Scottish Leaving Certificate Examination, 1959
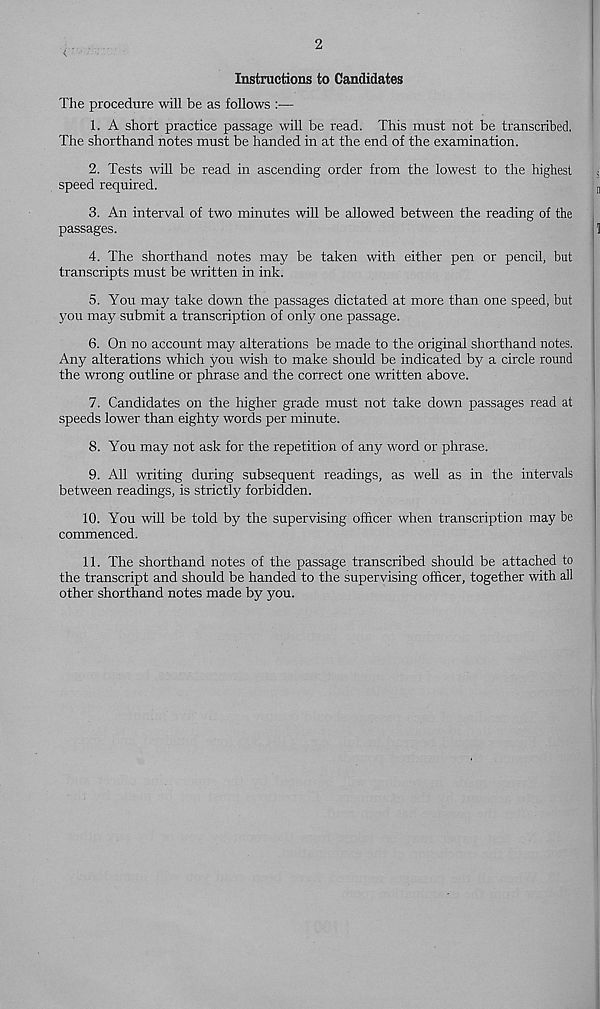
2
Instructions to Candidates
The procedure will be as follows :—
1. A short practice passage will be read. This must not be transcribed.
The shorthand notes must be handed in at the end of the examination.
2. Tests will be read in ascending order from the lowest to the highest
speed required.
3. An interval of two minutes will be allowed between the reading of the
passages.
4. The shorthand notes may be taken with either pen or pencil, but
transcripts must be written in ink.
5. You may take down the passages dictated at more than one speed, but
you may submit a transcription of only one passage.
6. On no account may alterations be made to the original shorthand notes.
Any alterations which you wish to make should be indicated by a circle round
the wrong outline or phrase and the correct one written above.
7. Candidates on the higher grade must not take down passages read at
speeds lower than eighty words per minute.
8. You may not ask for the repetition of any word or phrase.
9. All writing during subsequent readings, as well as in the intervals
between readings, is strictly forbidden.
10. You will be told by the supervising officer when transcription may be
commenced.
11. The shorthand notes of the passage transcribed should be attached to
the transcript and should be handed to the supervising officer, together with all
other shorthand notes made by you.